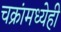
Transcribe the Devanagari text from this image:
चक्रांमध्येही